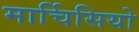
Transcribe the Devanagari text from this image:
मार्चिसियो